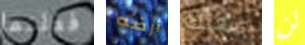
فعلتما أرضه صلاتك لن